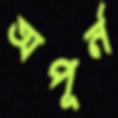
অপূর্ন